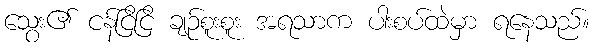
သွေး၏ ငန်ငြိငြိ ချဉ်စူးစူး အရသာက ပါးစပ်ထဲမှာ ရနေသည်။